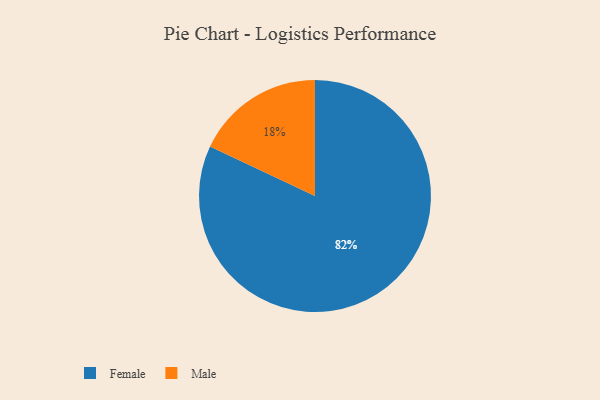
{"axis": {"x": "Category", "y": "Percentage"}, "legend": ["Female", "Male"], "data": [{"x": "Female", "y": 82, "type": "Female"}, {"x": "Male", "y": 18, "type": "Male"}]}